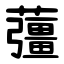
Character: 䕬